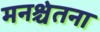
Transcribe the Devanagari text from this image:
मनश्चेतना